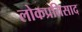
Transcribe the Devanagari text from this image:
लोकप्रतिसाद